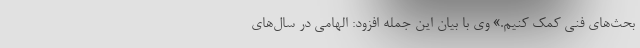
بحث‌های فنی کمک کنیم.» وی با بیان این جمله افزود: الهامی در سال‌های